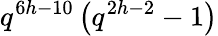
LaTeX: q^{6h-10}\left(q^{2h-2}-1\right)